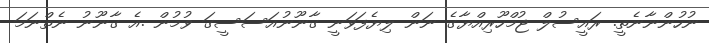
ނުހުންނާނެތީ. ރައީސުލް ޖުމްހޫރިއްޔާގެ ނަން ލިޔެފަވަނީ ގާނޫނުއަސަސީގަ ވުމުން .އެ ގާނޫނު ނެތްނަމަ